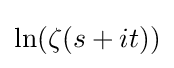
\ln(\zeta (s+it))